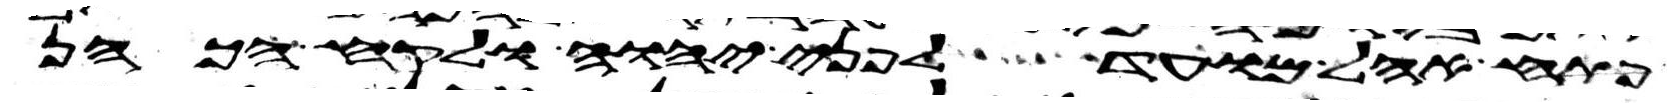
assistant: פתח אהל מועד לפני יהוה ולקח הכהן